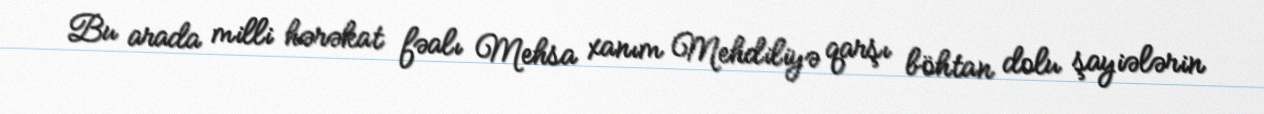
Bu arada milli hərəkat fəalı Mehsa xanım Mehdiliyə qarşı böhtan dolu şayiələrin